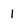
Character: 1